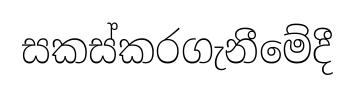
සකස්කරගැනීමේදී